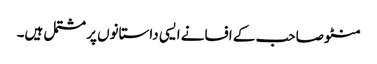
منٹو صاحب کے افسانے ایسی داستانوں پر مشتمل ہیں۔